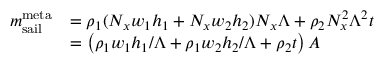
\begin{array} { r l } { m _ { \mathrm { s a i l } } ^ { \mathrm { m e t a } } } & { = \rho _ { 1 } ( N _ { x } w _ { 1 } h _ { 1 } + N _ { x } w _ { 2 } h _ { 2 } ) N _ { x } \Lambda + \rho _ { 2 } N _ { x } ^ { 2 } \Lambda ^ { 2 } t } \\ & { = \left( \rho _ { 1 } w _ { 1 } h _ { 1 } / \Lambda + \rho _ { 1 } w _ { 2 } h _ { 2 } / \Lambda + \rho _ { 2 } t \right) A } \end{array}